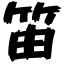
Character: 笛